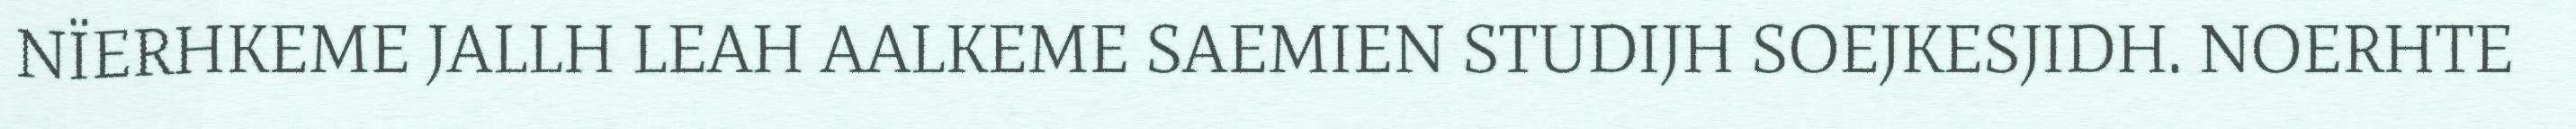
NÏERHKEME JALLH LEAH AALKEME SAEMIEN STUDIJH SOEJKESJIDH. NOERHTE